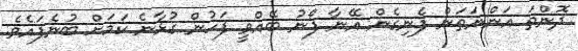
ދޮންތަ އަންނަތަން ފެނިގެން އޭނާ ފޯނު ބޭއްވީ ފަހުން ގުޅާނެ ކަމަށް ބުނެފައެވެ.